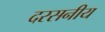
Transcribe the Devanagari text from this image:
दरसनीय